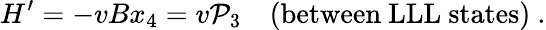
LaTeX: H^{\prime}=-vBx_{4}=v\mathcal{P}_{3}\quad(\mathrm{{between~LLL~states}})\ .